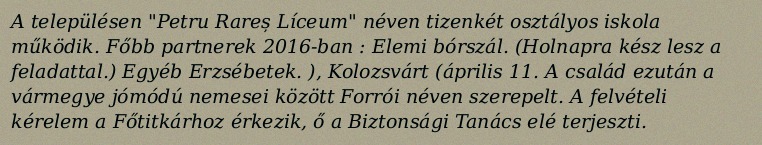
A településen "Petru Rareș Líceum" néven tizenkét osztályos iskola működik. Főbb partnerek 2016-ban : Elemi bórszál. (Holnapra kész lesz a feladattal.) Egyéb Erzsébetek. ), Kolozsvárt (április 11. A család ezután a vármegye jómódú nemesei között Forrói néven szerepelt. A felvételi kérelem a Főtitkárhoz érkezik, ő a Biztonsági Tanács elé terjeszti.